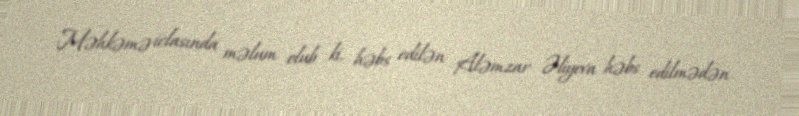
Məhkəmə iclasında məlum olub ki, həbs edilən Aləmzar Əliyeva həbs edilmədən